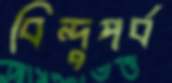
বিন্দুপর্ব